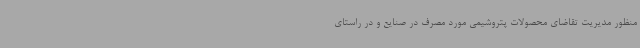
منظور مدیریت تقاضای محصولات پتروشیمی مورد مصرف در صنایع و در راستای